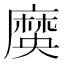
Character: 𪎞